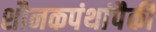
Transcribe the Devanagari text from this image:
शौनकपंथांपैकीं